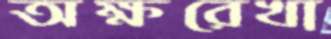
অক্ষরেখা